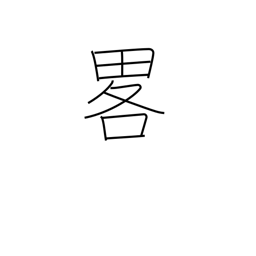
Meaning: omission